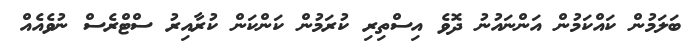
ބަލަމުން ކައްކަމުން އަންނައުނު ދޮވެ އިސްތިރި ކުރަމުން ކަންކަން ކުރާއިރު ސްޓްރެސް ނުވެއެއް